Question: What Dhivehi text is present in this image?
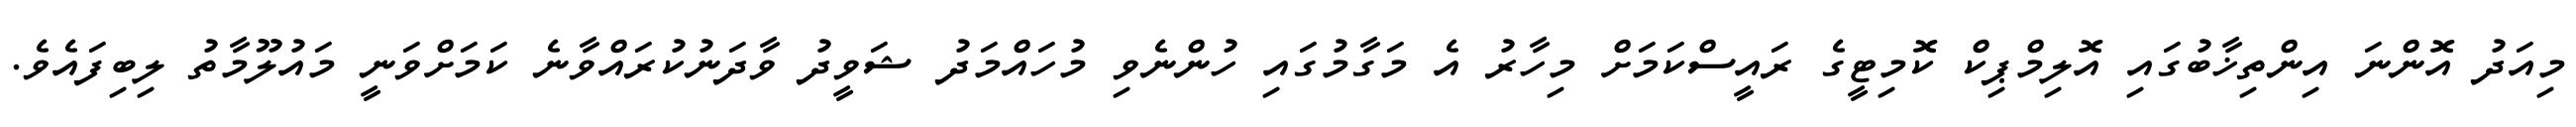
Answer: މިއަދު އޮންނަ އިންތިޚާބުގައި އޮލިމްޕިކް ކޮމިޓީގެ ރައީސްކަމަށް މިހާރު އެ މަގާމުގައި ހުންނެވި މުހައްމަދު ޝަވީދު ވާދަނުކުރައްވާނެ ކަމަށްވަނީ މައުލޫމާތު ލިބިފައެވެ.